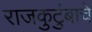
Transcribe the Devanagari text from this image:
राजकुटुंबाचे